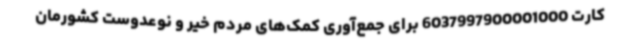
کارت 6037997900001000 برای جمع‌آوری کمک‌های مردم خیر و نوعدوست کشورمان